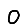
Digit: 0